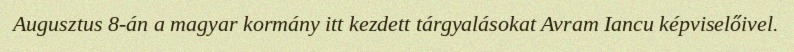
Augusztus 8-án a magyar kormány itt kezdett tárgyalásokat Avram Iancu képviselőivel.